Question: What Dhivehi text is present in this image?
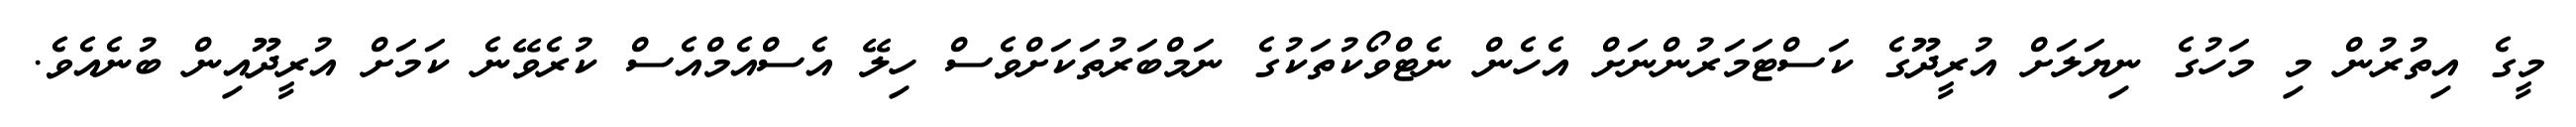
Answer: މީގެ އިތުރުން މި މަހުގެ ނިޔަލަށް އުރީދޫގެ ކަސްޓަމަރުންނަށް އެހެން ނެޓްވޯކުތަކުގެ ނަމްބަރުތަކަށްވެސް ހިލޭ އެސްއެމްއެސް ކުރެވޭނެ ކަމަށް އުރީދޫއިން ބުނެއެވެ.